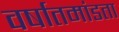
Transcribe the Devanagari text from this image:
वर्षातमांडता